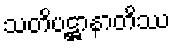
သတိပဋ္ဌာနာတိဿ